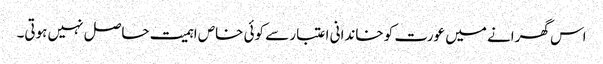
اس گھرانے میں عورت کو خاندانی اعتبار سے کوئی خاص اہمیت حاصل نہیں ہوتی۔